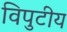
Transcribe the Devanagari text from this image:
विपुटीय